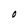
Character: O